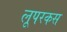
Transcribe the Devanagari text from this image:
लूपरकस